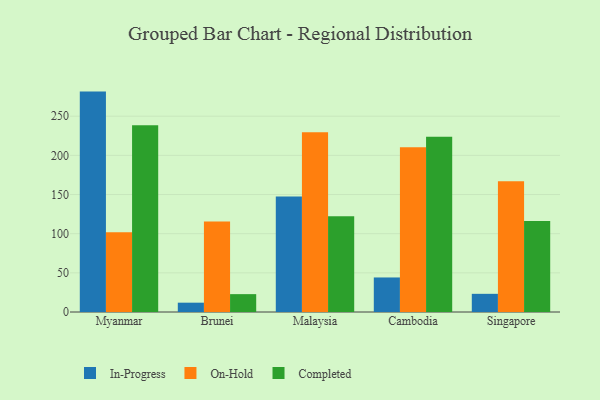
{"axis": {"x": "Country", "y": "Market Share (%)"}, "legend": ["Completed", "In-Progress", "On-Hold"], "data": [{"x": "Myanmar", "y": 281.4, "type": "In-Progress"}, {"x": "Myanmar", "y": 101.9, "type": "On-Hold"}, {"x": "Myanmar", "y": 238.4, "type": "Completed"}, {"x": "Brunei", "y": 11.9, "type": "In-Progress"}, {"x": "Brunei", "y": 115.5, "type": "On-Hold"}, {"x": "Brunei", "y": 22.8, "type": "Completed"}, {"x": "Malaysia", "y": 147.5, "type": "In-Progress"}, {"x": "Malaysia", "y": 229.4, "type": "On-Hold"}, {"x": "Malaysia", "y": 122.2, "type": "Completed"}, {"x": "Cambodia", "y": 44.1, "type": "In-Progress"}, {"x": "Cambodia", "y": 210.4, "type": "On-Hold"}, {"x": "Cambodia", "y": 223.6, "type": "Completed"}, {"x": "Singapore", "y": 23.2, "type": "In-Progress"}, {"x": "Singapore", "y": 167.0, "type": "On-Hold"}, {"x": "Singapore", "y": 116.2, "type": "Completed"}]}